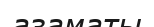
азаматы